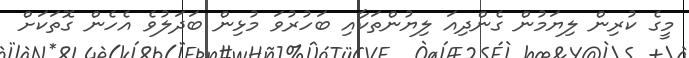
މީގެ ކުރިން ލިޔަމުން ގެންދިއަ ލިޔުންތަކާއި ބަހުރުވަ މުޅިން ބަދަލުވެ އެހެން ގޮތަކަށް